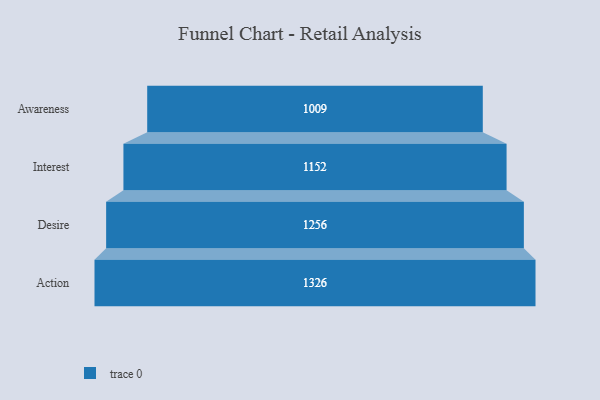
{"axis": {"x": "Stage", "y": "Value"}, "legend": [""], "data": [{"x": "Awareness", "y": 1009.0, "type": ""}, {"x": "Interest", "y": 1152.0, "type": ""}, {"x": "Desire", "y": 1256.0, "type": ""}, {"x": "Action", "y": 1326.0, "type": ""}]}